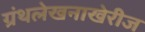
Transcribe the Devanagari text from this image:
ग्रंथलेखनाखेरीज